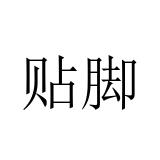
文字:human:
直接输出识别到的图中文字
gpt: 贴脚